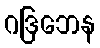
ဂဒြဘေန